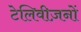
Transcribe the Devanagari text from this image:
टेलिवीज़नों